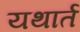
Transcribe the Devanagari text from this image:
यथार्त